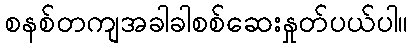
စနစ်တကျအခါခါစစ်ဆေးနှုတ်ပယ်ပါ။